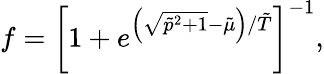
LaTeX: f=\left[1+e^{\left(\sqrt{\tilde{p}^{2}+1}-\tilde{\mu}\right)/\tilde{T}}\right]^{-1},